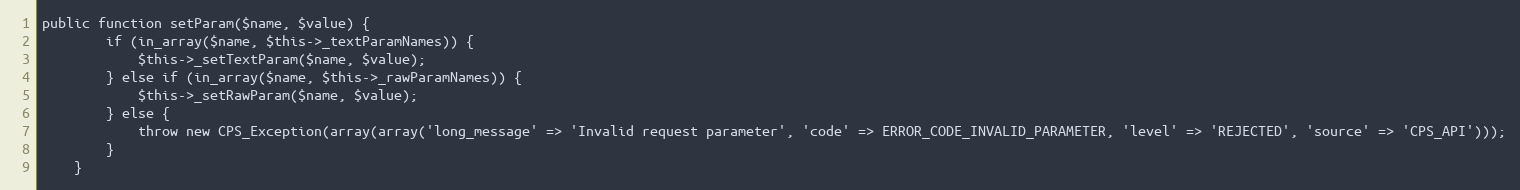
Language: PHP
public function setParam($name, $value) {
        if (in_array($name, $this->_textParamNames)) {
            $this->_setTextParam($name, $value);
        } else if (in_array($name, $this->_rawParamNames)) {
            $this->_setRawParam($name, $value);
        } else {
            throw new CPS_Exception(array(array('long_message' => 'Invalid request parameter', 'code' => ERROR_CODE_INVALID_PARAMETER, 'level' => 'REJECTED', 'source' => 'CPS_API')));
        }
    }